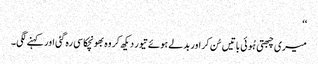
‘‘
میری چبھتی ہُوئی باتیں سُن کر اور بدلے ہوئے تیور دیکھ کر وہ بھونچکا سی رہ گئی اور کہنے لگی۔